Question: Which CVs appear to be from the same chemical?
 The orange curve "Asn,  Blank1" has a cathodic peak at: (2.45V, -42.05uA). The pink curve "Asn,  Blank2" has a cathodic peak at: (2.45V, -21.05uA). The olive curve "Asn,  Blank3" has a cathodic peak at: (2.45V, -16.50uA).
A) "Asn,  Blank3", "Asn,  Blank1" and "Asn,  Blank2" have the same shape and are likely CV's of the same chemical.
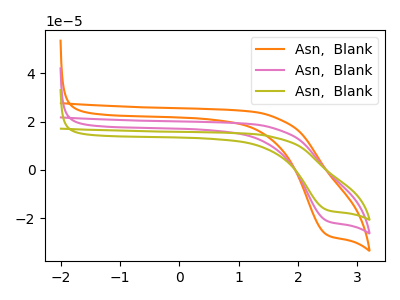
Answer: <think>All the peaks in "Asn,  Blank1" have a peak in "Asn,  Blank2" at the same potential. Every peak in "Asn,  Blank1" is higher than every peak in "Asn,  Blank2". All the peaks in "Asn,  Blank1" have a peak in "Asn,  Blank3" at the same potential. Every peak in "Asn,  Blank1" is higher than every peak in "Asn,  Blank3". All the peaks in "Asn,  Blank2" have a peak in "Asn,  Blank3" at the same potential. Every peak in "Asn,  Blank2" is higher than every peak in "Asn,  Blank3".
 </think>
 <answer>A) "Asn,  Blank3", "Asn,  Blank1" and "Asn,  Blank2" have the same shape and are likely CV's of the same chemical.</answer>
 <eval>A</eval>